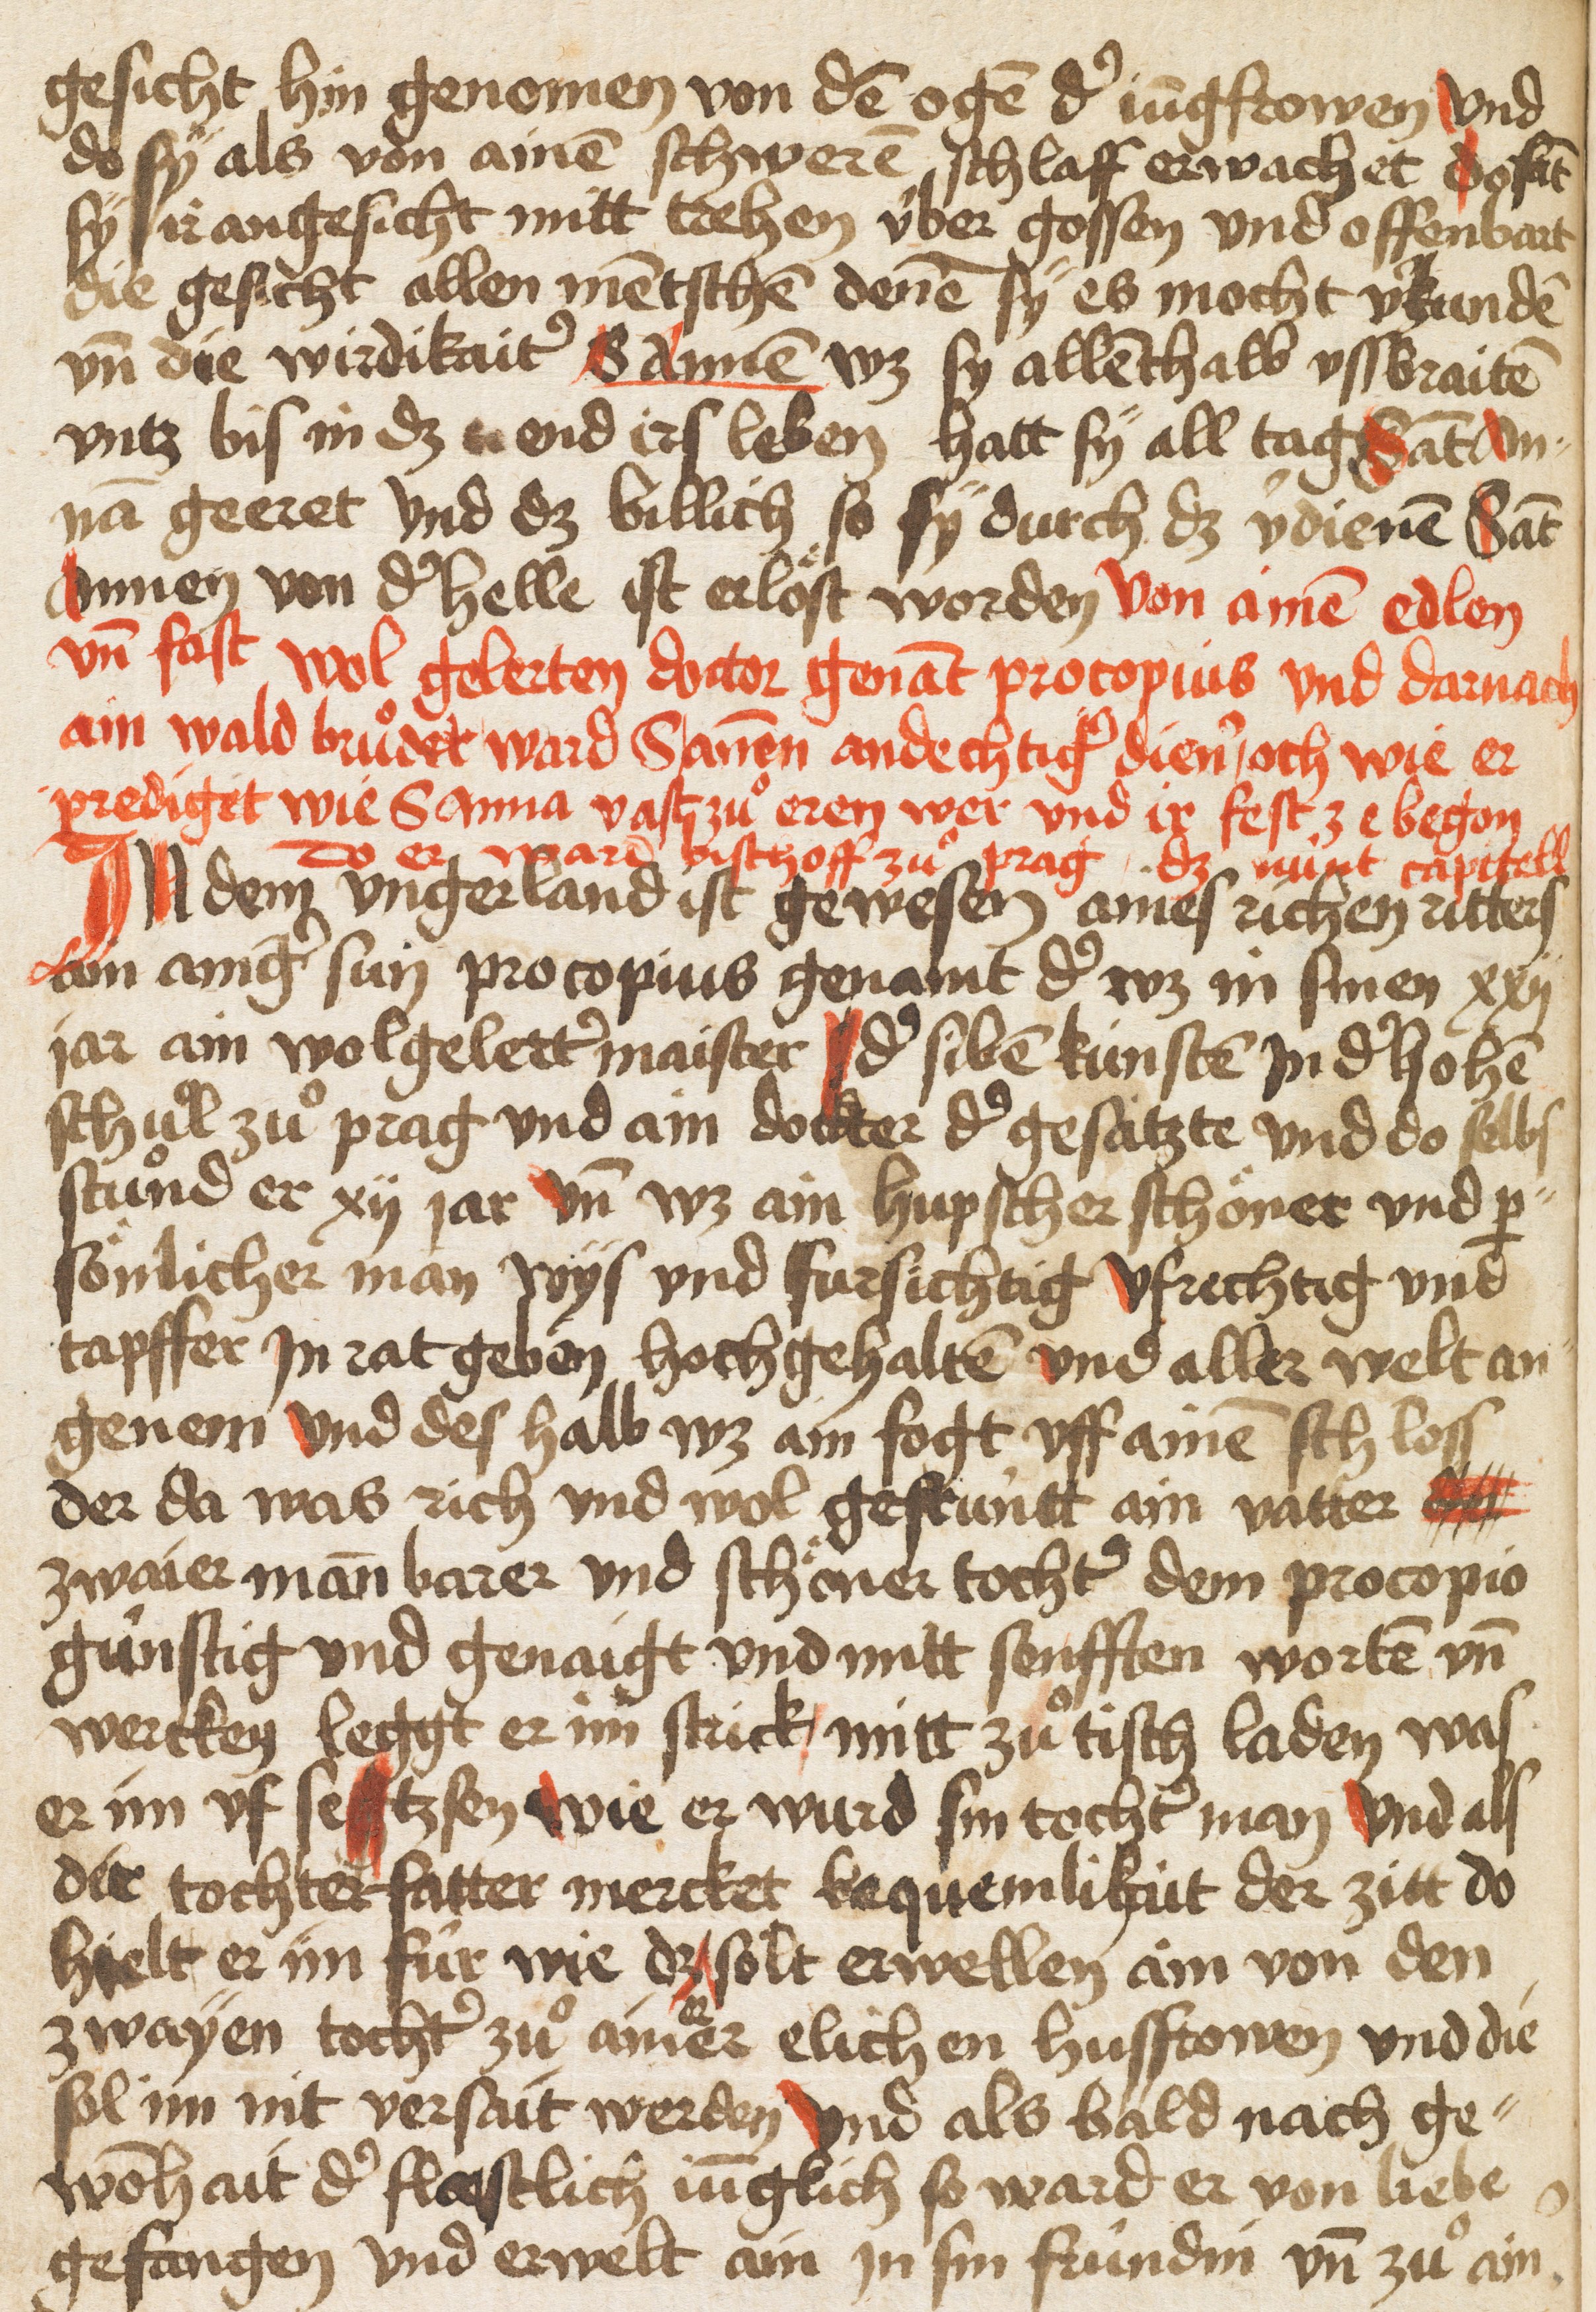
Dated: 1505–1505